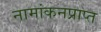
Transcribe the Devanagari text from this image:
नामांकनप्राप्त